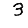
Digit: 3